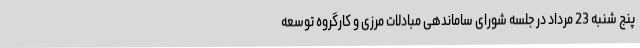
پنج شنبه 23 مرداد در جلسه شورای ساماندهی مبادلات مرزی و کارگروه توسعه